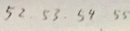
5 2 . 5 3 . 5 4 5 5